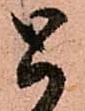
と